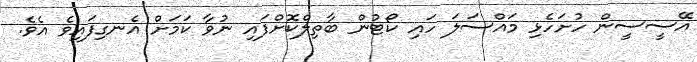
އޭސީސީން ހުށަހެޅި މައްސަލަ ހައި ކޯޓުން ބާތިލްކޮށްފައި ނުވާ ކަމަށް އެނގިފައިވެ އެވެ.